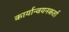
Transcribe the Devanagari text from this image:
कार्यान्वयनकर्ता